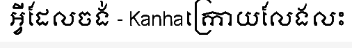
អ្វីដែលចង់ - Kanhaក្រោយលែងលះ